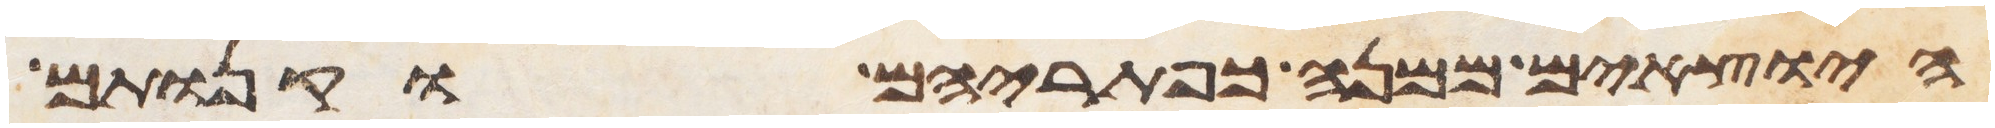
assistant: היצאים ממנה כפתריהם וקנותם